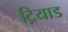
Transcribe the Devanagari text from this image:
ट्रियाड